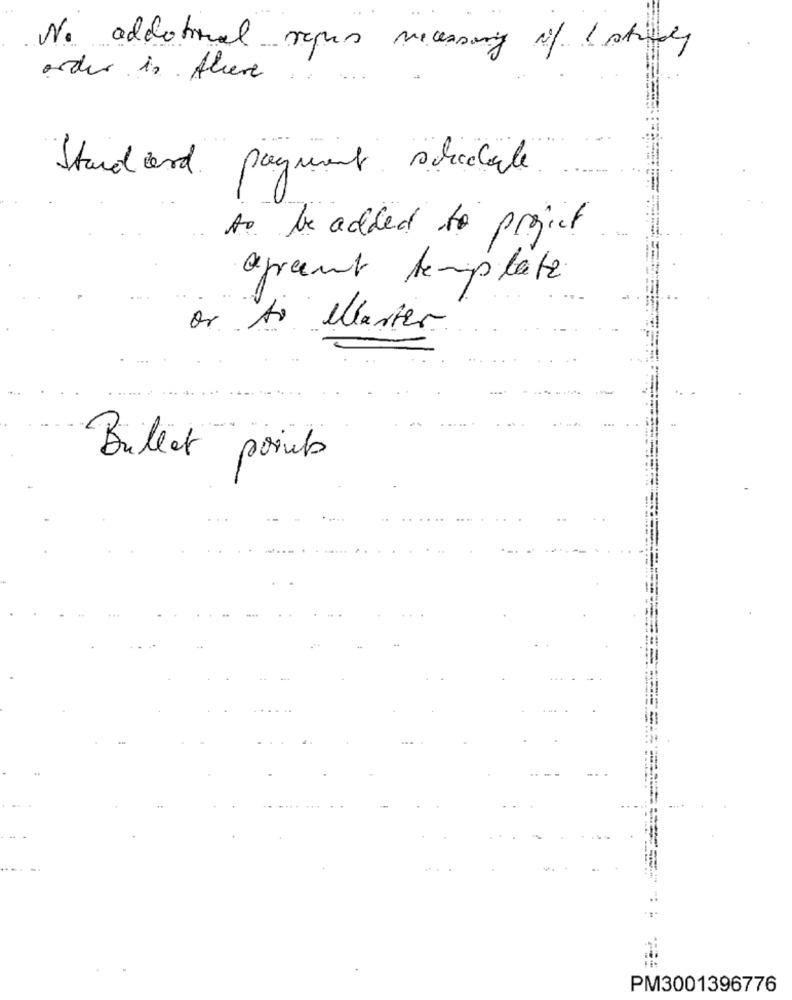
No additional repas necessary of 1 stally
order in Alieve
Standard payment schedule.
to be added to project
agreement template
or to Master
Bullet points
PM3001396776